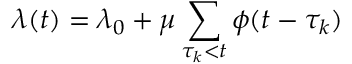
\lambda ( t ) = \lambda _ { 0 } + \mu \sum _ { \tau _ { k } < t } \phi ( t - \tau _ { k } )